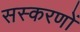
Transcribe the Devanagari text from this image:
सस्करणों